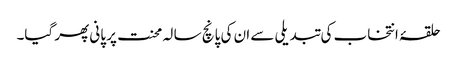
حلقۂ انتخاب کی تبدیلی سے ان کی پانچ سا لہ محنت پر پانی پھر گیا۔